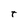
Character: t